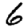
Digit: 6